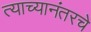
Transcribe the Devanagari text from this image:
त्याच्यानंतरचे